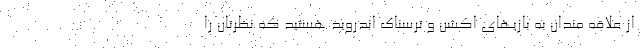
از علاقه مندان به بازیهای اکشن و ترسناک اندروید هستید که نظرتان را